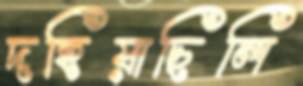
দহিয়াছিলি